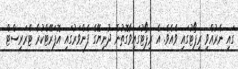
ގައި ނެރުއްވި ރިޕޯޓުގައި ވެއެވެ. އެ ރިޕޯޓުގައިވާގޮތުން ދުނިޔޭގެ ފެންވަރުގައި އޮޕަރޭޓްކުރާ ޓެރަރިސްޓް